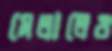
মেলালেও